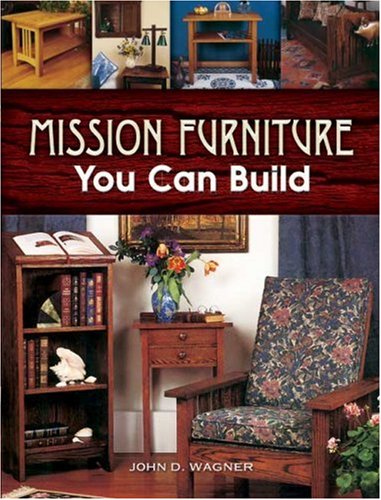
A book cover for Mission Furniture You Can Build (Dover Woodworking); John D. Wagner; Crafts, Hobbies & Home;